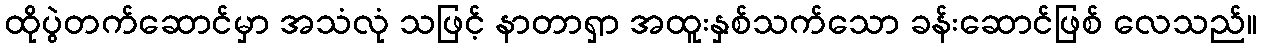
ထိုပွဲတက်ဆောင်မှာ အသံလုံ သဖြင့် နာတာရှာ အထူးနှစ်သက်သော ခန်းဆောင်ဖြစ် လေသည်။